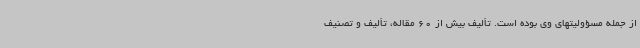
از جمله مسؤولیتهای وی بوده است. تألیف بیش از 60 مقاله، تألیف و تصنیف